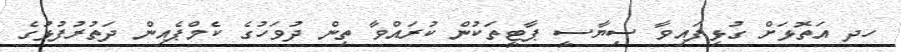
ހދ އަތޮޅަށް ގުޅިފައިވާ ސިޔާސީ ޕާޓީތަކުން ކުރައްވާ ތިން ދުވަހުގެ ކެމްޕެއިން ދަތުރުފުޅުގެ